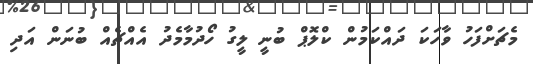
މެޗަށްފަހު ވާހަކަ ދައްކަމުން ކްލޮޕް ބުނީ ލީގު ހޯދުމާމެދު އެއްޗެއް ބުނަން އަދި